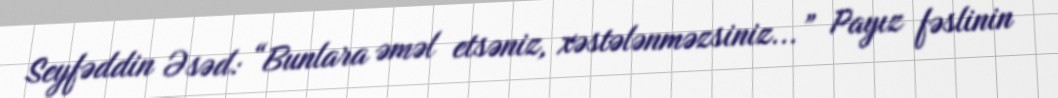
Seyfəddin Əsəd: “Bunlara əməl etsəniz, xəstələnməzsiniz...” Payız fəslinin